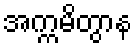
အက္ကမိတွာန